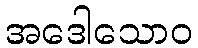
အဒေါသောဝ